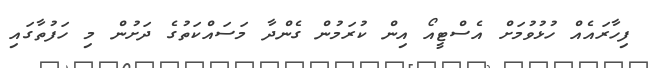
ފިހާރައެއް ހުޅުވުމަށް އެސްޓީއޯ އިން ކުރަމުން ގެންދާ މަސައްކަތުގެ ދަށުން މި ހަފުތާގައި